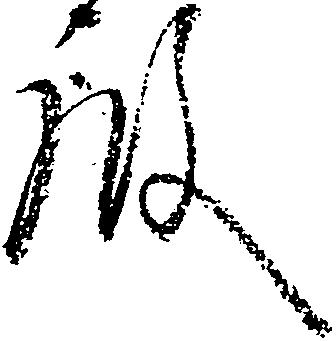
殿